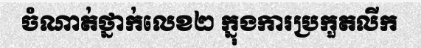
ចំណាត់ថ្នាក់លេខ២ ក្នុងការប្រកួតលីក